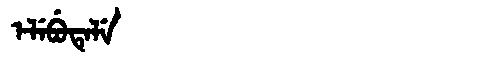
Manchu: ᡝᠯᡝᠪᡠᡨᡝᠯᡝ
Romanization: ELEBUTELE